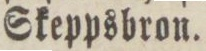
Skeppsbron.